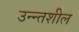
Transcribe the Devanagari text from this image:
उन्न्तशील